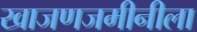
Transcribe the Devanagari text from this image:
खाजणजमीनीला